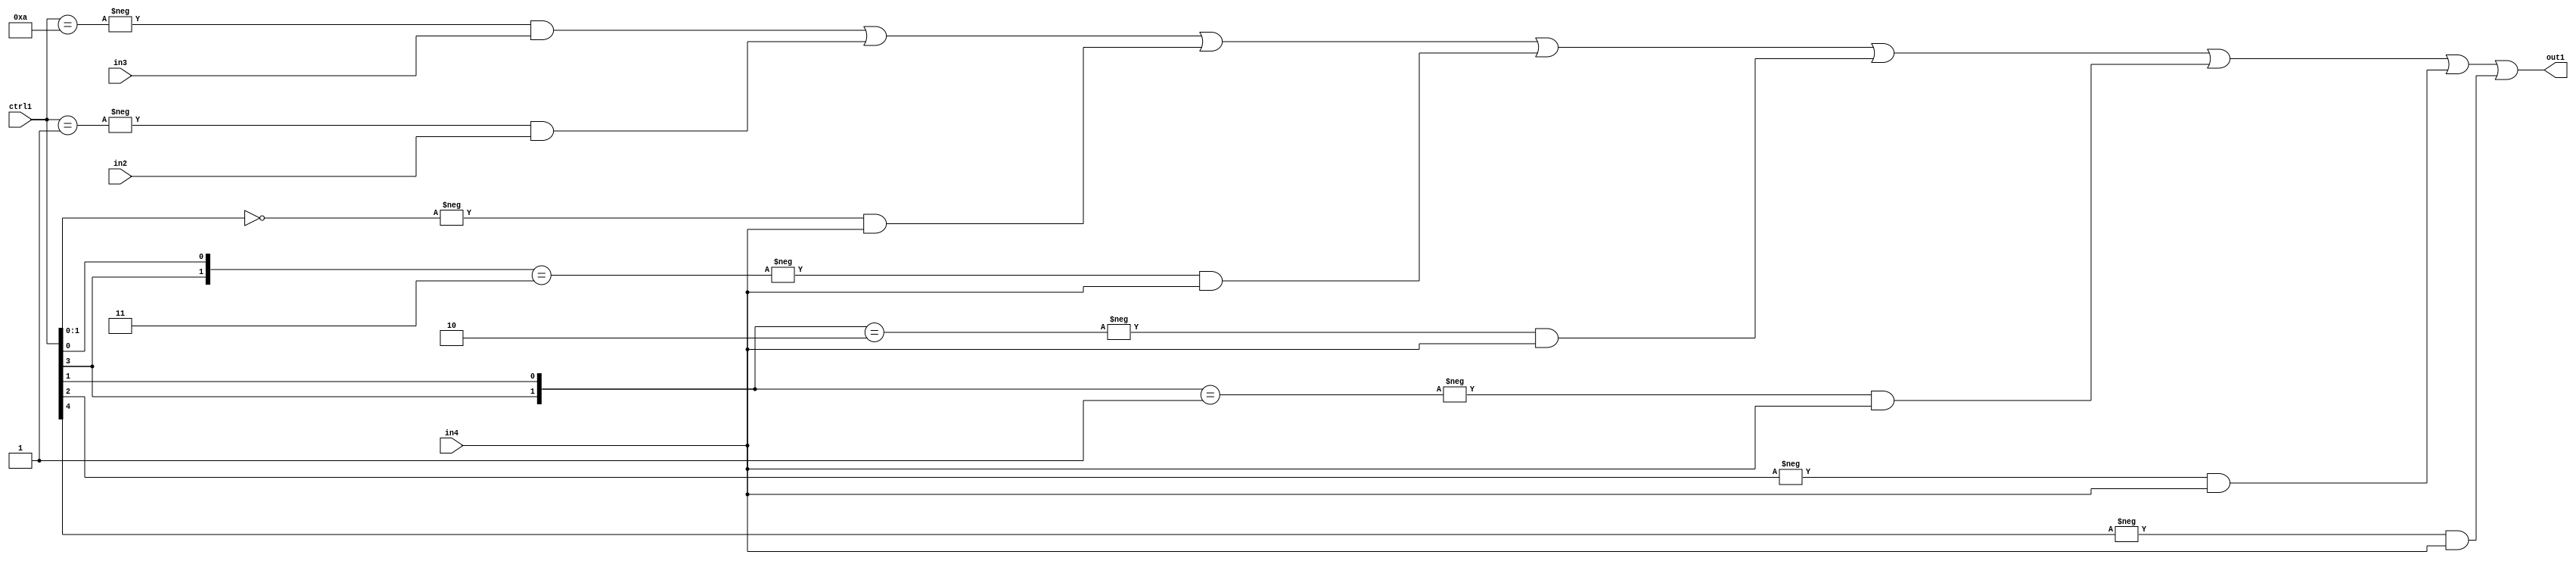
`timescale 1ps / 1ps
/*****************************************************************************
    Verilog RTL Description
    
    
    Created by: Stratus DpOpt 21.05.01 
*******************************************************************************/

module SobelFilter_N_Mux_20_3_21_4 (
	in4,
	in3,
	in2,
	ctrl1,
	out1
	); /* architecture "behavioural" */ 
input [19:0] in4,
	in3,
	in2;
input [4:0] ctrl1;
output [19:0] out1;
wire [19:0] asc001;

assign asc001 = 
	-{ctrl1 == 5'B01010} & in3 |
	-{ctrl1 == 5'B00001} & in2 |
	-{ctrl1[1:0] == 2'B00} & in4 |
	-{{ctrl1[3], ctrl1[0]} == 2'B11} & in4 |
	-{{ctrl1[3], ctrl1[1]} == 2'B10} & in4 |
	-{{ctrl1[3], ctrl1[1]} == 2'B01} & in4 |
	-{ctrl1[2] == 1'B1} & in4 |
	-{ctrl1[4] == 1'B1} & in4 ;

assign out1 = asc001;
endmodule

/* CADENCE  vrHwTAE= : u9/ySxbfrwZIxEzHVQQV8Q== ** DO NOT EDIT THIS LINE ******/